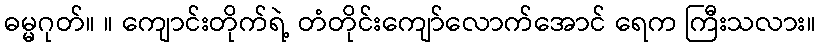
ဓမ္မဂုတ်။ ။ ကျောင်းတိုက်ရဲ့ တံတိုင်းကျော်လောက်အောင် ရေက ကြီးသလား။